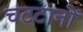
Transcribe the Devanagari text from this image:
चटटानों